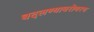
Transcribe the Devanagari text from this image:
बदलण्याबरोबरच